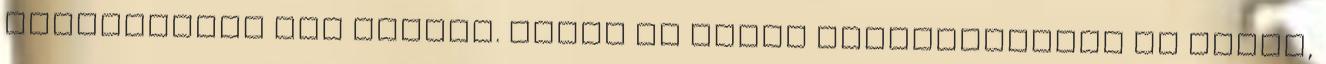
beszélgetni itt sokáig. Bízom az oldal Fejlesztõiben és abban,